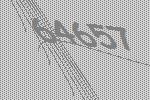
64657